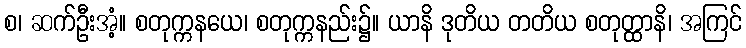
စ၊ ဆက်ဦးအံ့။ စတုက္ကနယေ၊ စတုက္ကနည်း၌။ ယာနိ ဒုတိယ တတိယ စတုတ္ထာနိ၊ အကြင်